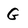
Character: G